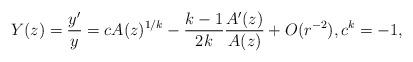
LaTeX: \begin{align*}Y(z)=\frac{y'}{y}=cA(z)^{1/k}-\frac{k-1}{2k}\frac{A'(z)}{A(z)}+O(r^{-2}), c^k=-1,\end{align*}